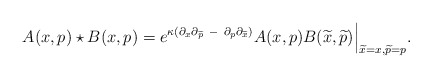
\begin{align*}A(x,p) \star B(x,p) = e^{\kappa(\partial_x\partial_{\widetilde{p}} {~} - {~} \partial_p\partial_{\widetilde{x}})} A(x,p)B({\widetilde{x}},{\widetilde{p}} ) \Big | _ {{\widetilde{x}=x},{\widetilde{p} = p}}.\end{align*}